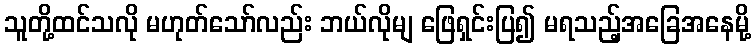
သူတို့ထင်သလို မဟုတ်သော်လည်း ဘယ်လိုမျ ဖြေရှင်းပြ၍ မရသည့်အခြေအနေမို့